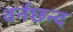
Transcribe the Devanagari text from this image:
वर्नछन्द